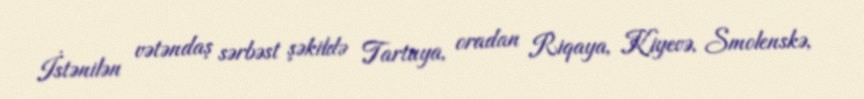
İstənilən vətəndaş sərbəst şəkildə Tartuya, oradan Riqaya, Kiyevə, Smolenskə,